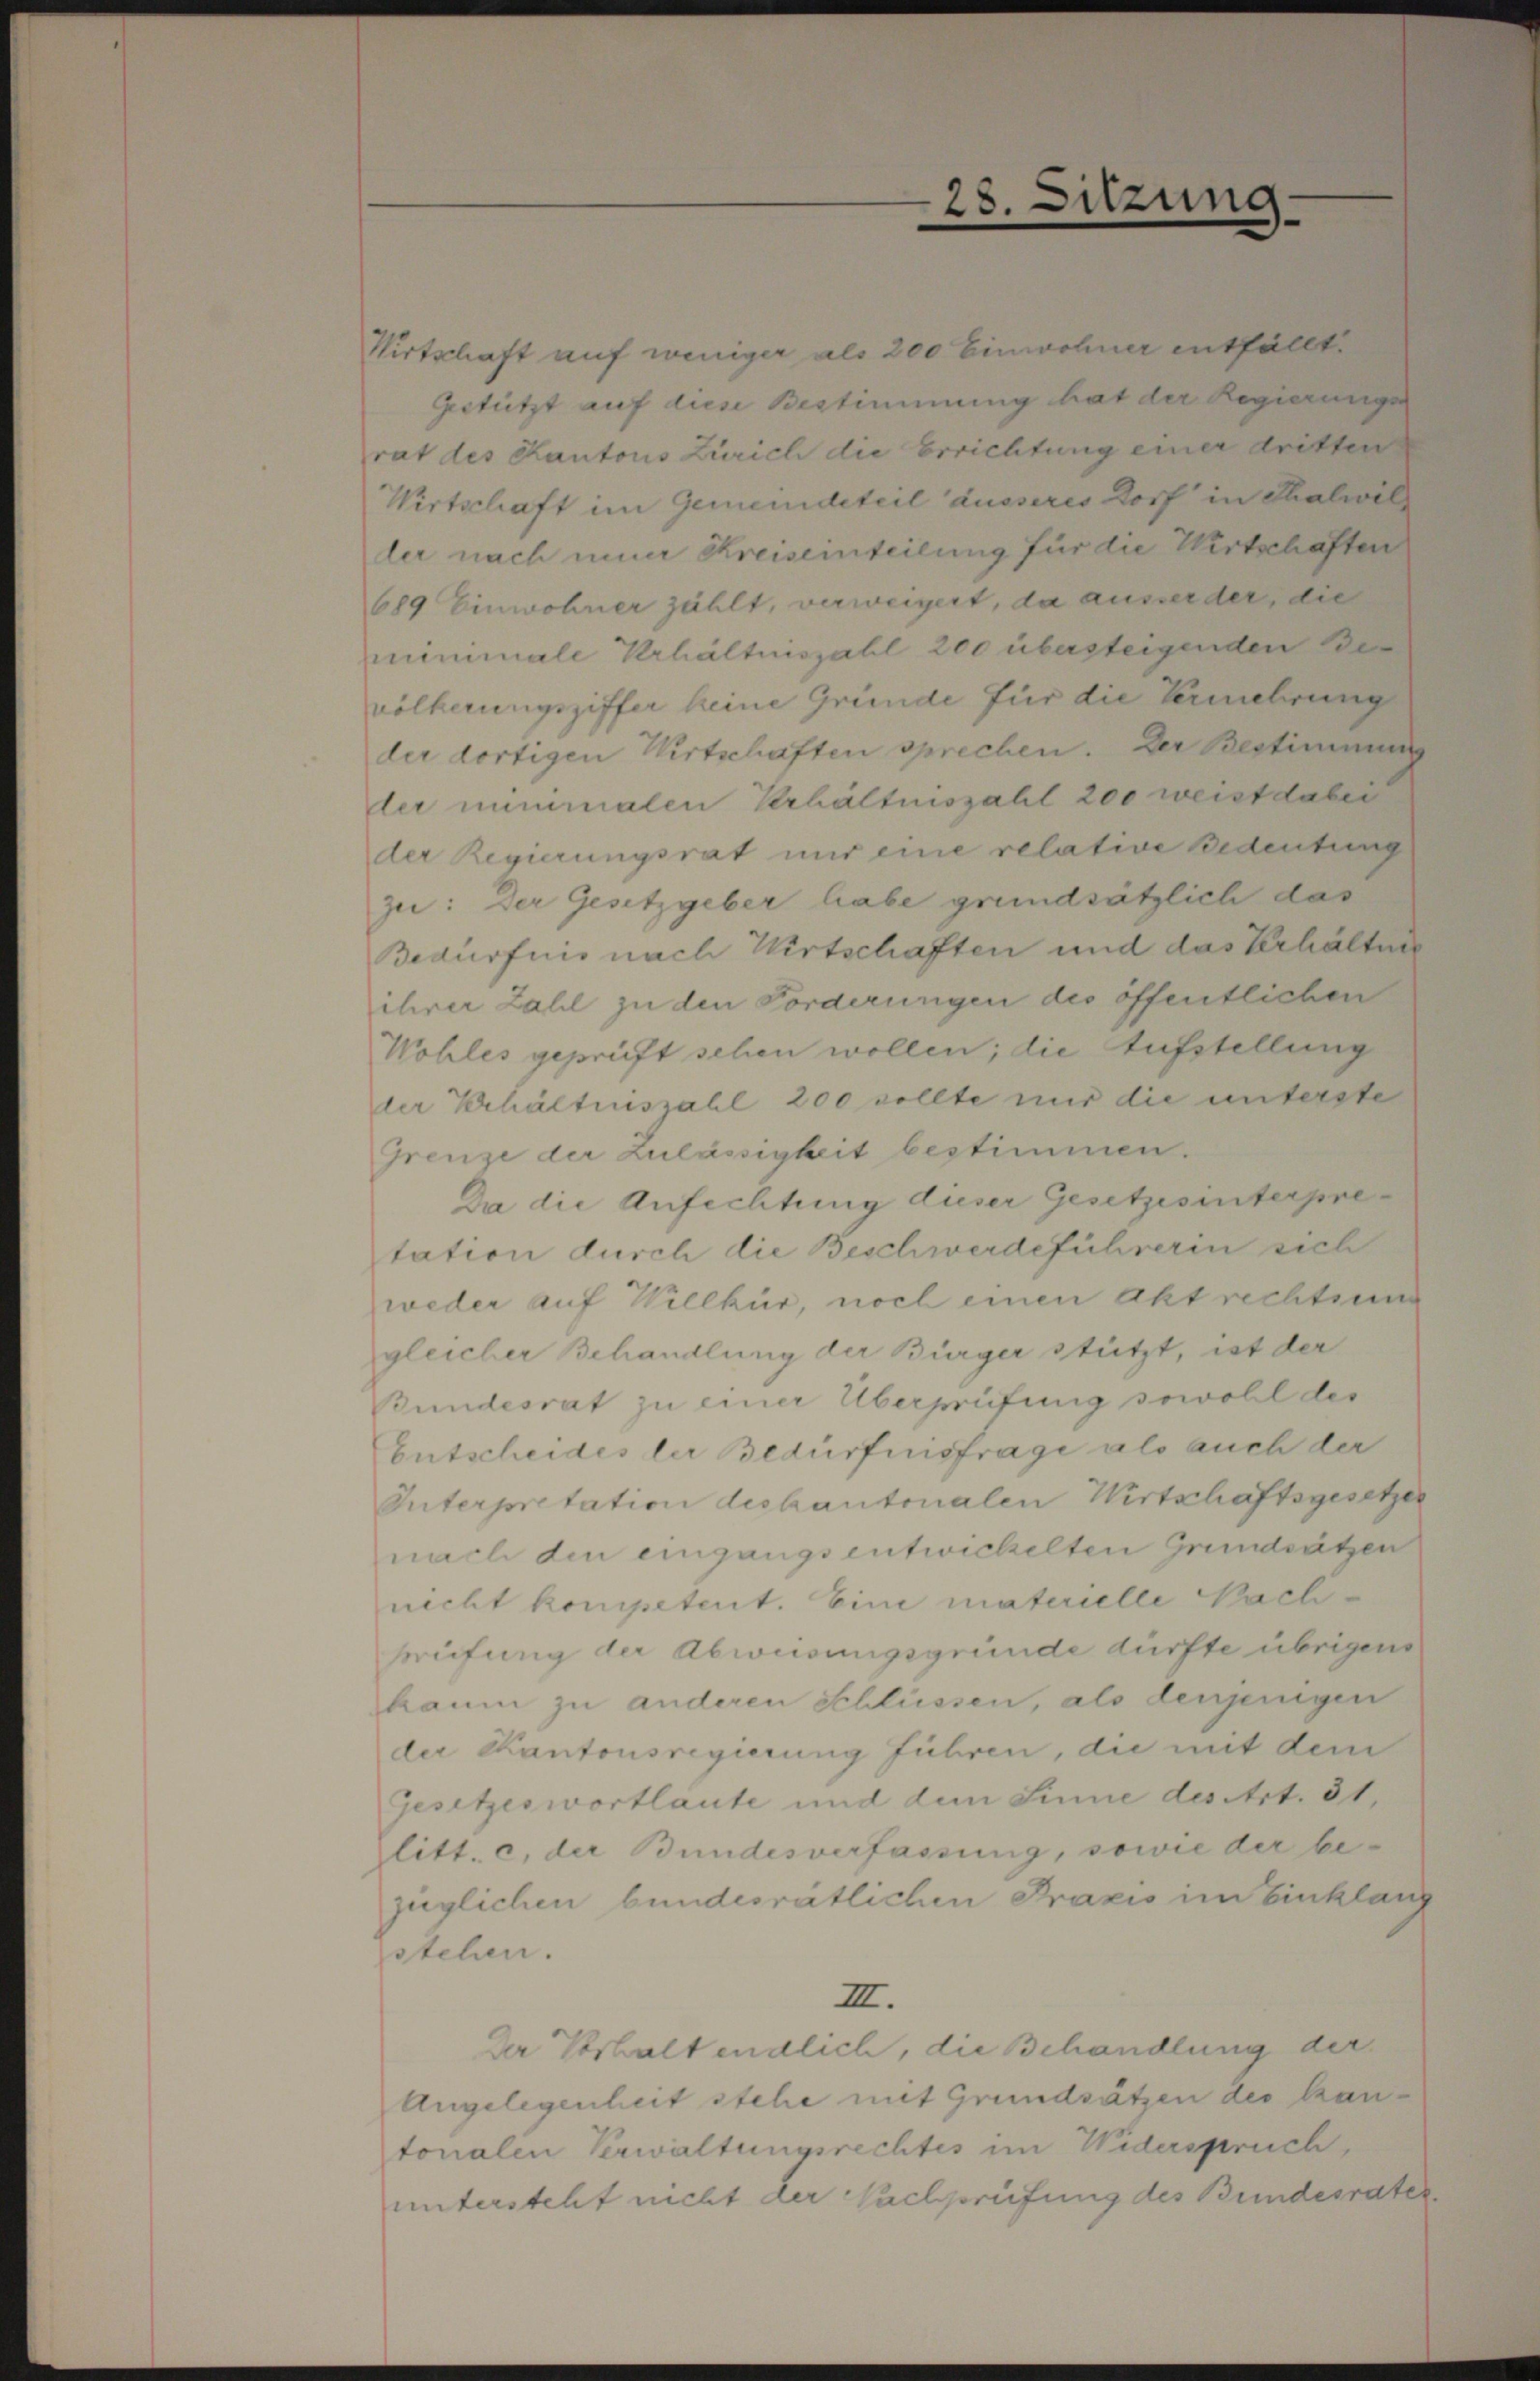
2

8.

sitzung

Wirtschaft auf weniger als 200 Einwohner entfällt.
Gestützt auf diese Bestimmung hat der Regierunge
rat des Kantons Zürich die Errichtung einer dritten
Wirtschaft im Gemeindeteil äusseres Dorf in Thalwiller nach ein Kreiseinteilung für die Wirtschaften
689 Einwohner zählt, verweigert, da ausserder, die
miminale Krhältniszahl 200 übersteigenden Bevölkerungsziffer keine Gründe für die Vermehrung
der dortigen Wirtschaften sprechen. Der Bestimmung
der nemmalen Verhältniszahl 200 weist dabei
der Regierungsrat nur eine relative Bedeutung
ze: Der Gesetzgeber habe grundsätzlich das
Bedürfnis nach Wirtschaften und das Verhältni
ihrer Zahl zu den Forderungen des öffentlichen
Wohles geprüft sehen wollen; die Aufstellung
der Verhältniszahl 200 sollte nur die unterste
Grenze der Zulässigkeit bestimmen.
Da die Anfechtung dieser Gesetzesinterpretation durch die Beschwerdeführerin sich
weder auf Willkür, noch einen Akt rechtsu
gleicher Behandlung der Bürger stützt, ist der
Bundesrat zu einer Überprüfung sowohl des
Entscheides der Bedürfnisfrage als auch der
Interpretation deskantonalen Wirtschaftsgesetzes
nach den eingangsentwickelten Grundsätzen
nicht kompetent. Eine materielle Nach-
treifung der Abweisungsgründe dürfte übrigens
kaum zu anderen Schlüssen, als denjenigen
der Kantonsregierung führen, die mit dem
Gesetzeswortlaute und dem Sinne des Art. 31,
litt. c. der Bundesverfassung, sowie der bezüglichen bundesratlichen Praxis im Einklan
stelen.
III.
Der Verhalt endlich, die Behandlung der
Angelegenheit stehe mit Grundsätzen des kantonalen Verwaltungsrechtes im Widerspruch,
untersteht nicht der Pachprüfung des Bundesrater